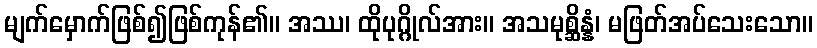
မျက်မှောက်ဖြစ်၍ဖြစ်ကုန်၏။ အဿ၊ ထိုပုဂ္ဂိုလ်အား။ အသမုစ္ဆိန္နံ၊ မဖြတ်အပ်သေးသော။